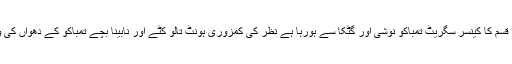
پاکستان میں 13 سے 16 قسم کا کینسر سگریٹ تمباکو نوشی اور گٹکا سے ہورہا ہے نظر کی کمزوری ہونٹ تالو کٹے اور نابینا بچے تمباکو کے دھواں کی وجہ سے پیدا ہو رہے ہیں۔